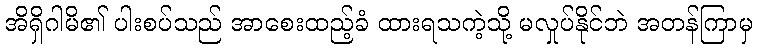
အိရှိဂါမိ၏ ပါးစပ်သည် အာစေးထည့်ခံ ထားရသကဲ့သို့ မလှုပ်နိုင်ဘဲ အတန်ကြာမှ